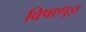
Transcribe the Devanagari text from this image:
विषाणुज्ञ